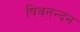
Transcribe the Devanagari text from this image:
षिवनन्दन